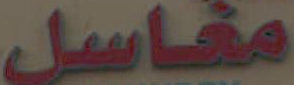
مغاسل